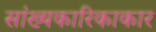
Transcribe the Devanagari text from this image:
सांख्यकारिकाकार